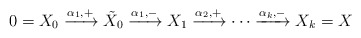
\begin{align*} 0=X_0 \xrightarrow{\alpha_1,+}\tilde{X}_0 \xrightarrow{\alpha_1,-}X_1\xrightarrow{\alpha_2,+} \cdots \xrightarrow{\alpha_k,-} X_k=X\end{align*}